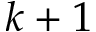
k + 1